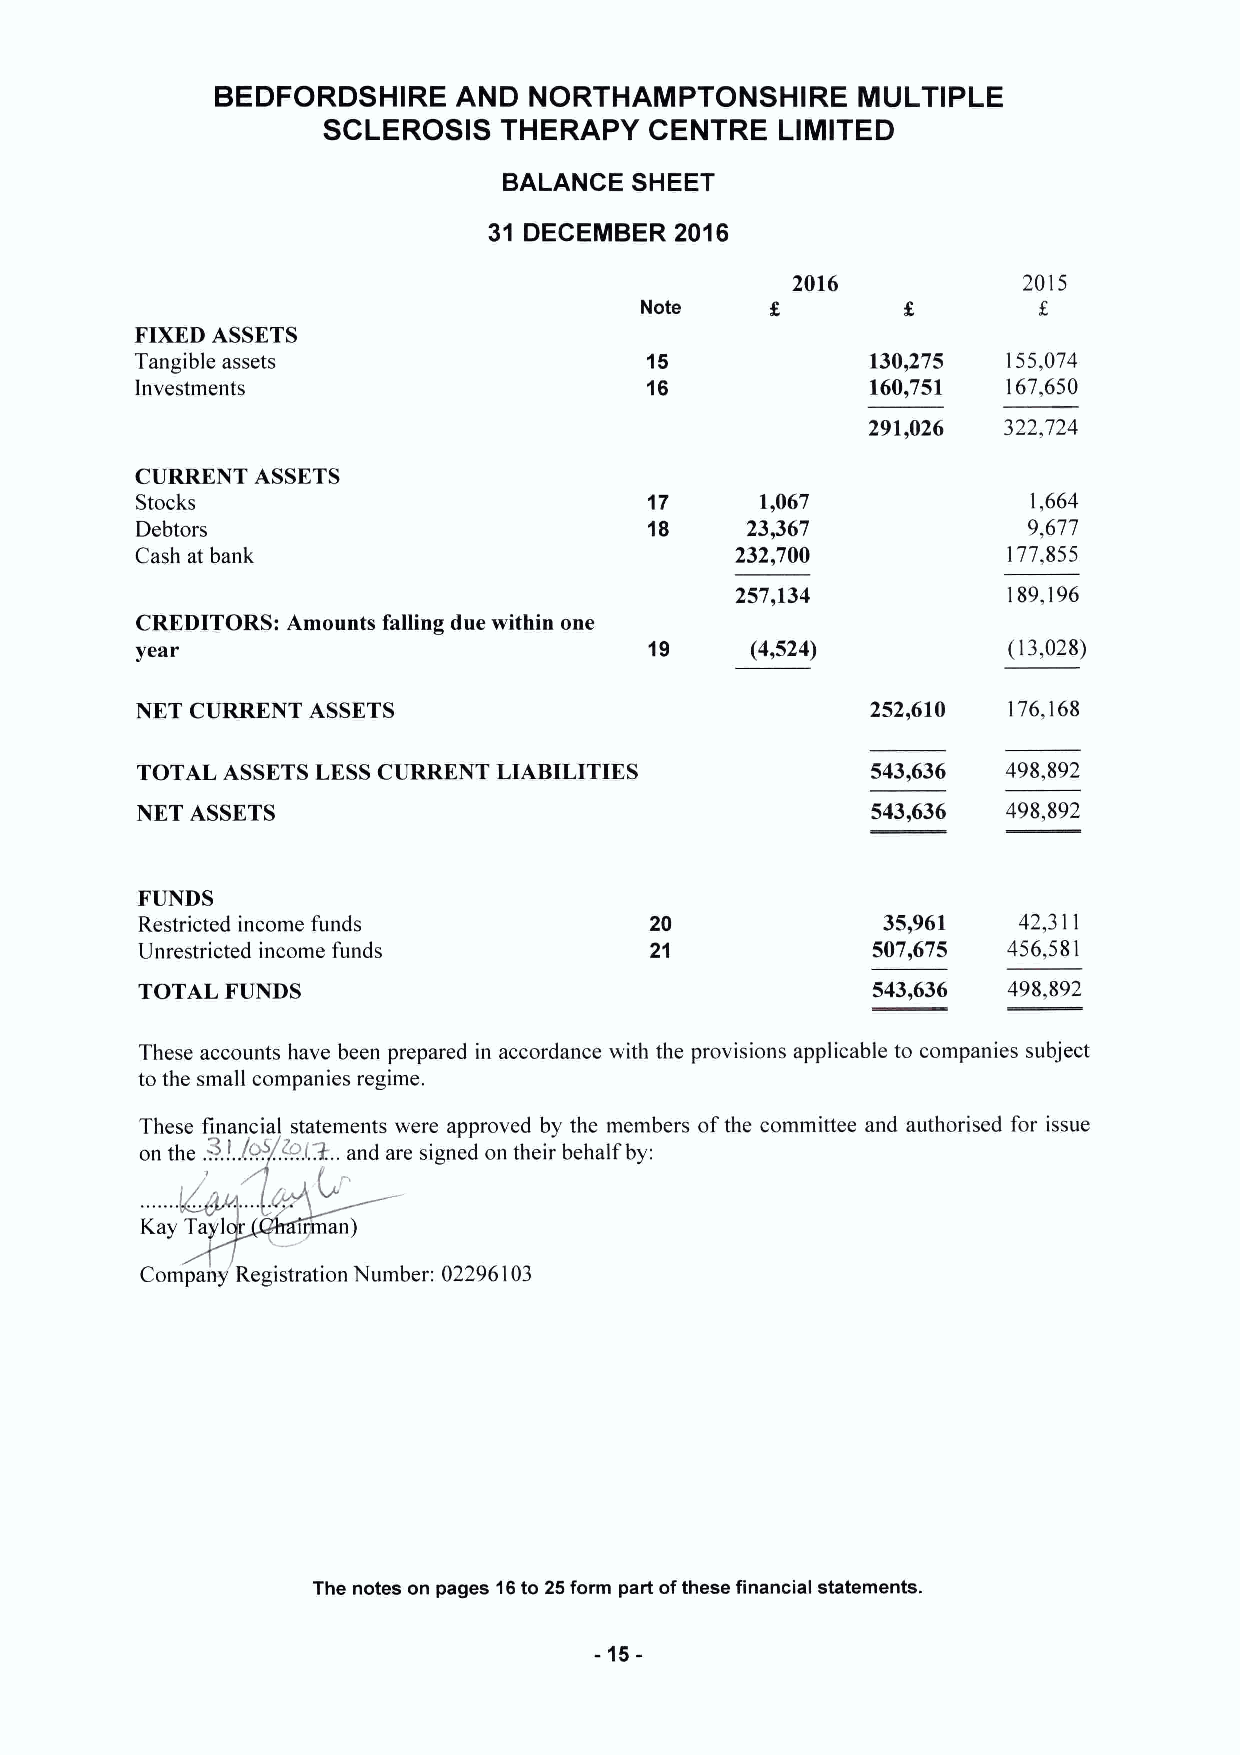
BEDFORDSHIRE    AND  NORTHAMPTONSHIRE      MULTIPLE
 SCLEROSIS   THERAPY   CENTRE   LIMITED
 BALANCE  SHEET
 31 DECEMBER  2016
 2016            2015
 Note
 FIXEDASSETS
 Tangible assets                   15             130,275  155,074
 Investments                       16             160,751  167,650
 291,026 322,724
 CURRENT ASSETS
 Stocks                            17     1,067             1,664
 Debtors                           18    23,367             9,677
 Cash at bank                            232,700           177,855
 257,134           189,196
 CREDITORS: Amounts falling due within one
 year                              19     (4,524)          (13,028)
 NET CURRENT ASSETS                               252,610  176,168
 TOTAL ASSETSLESSCURRENT LIABILITIES              543,636  498,892
 NET ASSETS                                       543,636  498,892
 FUNDS
 Restricted income funds           20             35,961   42,311
 Unrestricted income funds         21             507,675  456,581
 TOTAL FUNDS                                      543 636  498 892
 These accounts have been prepared in accordance with the provisions applicable to companies subject
 to the small companies regime.
 These financial statements were approved by the members ofthe committee and authorised for issue
 on the .~.!. ./R~..A?l.2. .and are signed on their behalf by:
 Kay Ta 1   i an)
 Company Registration Number: 02296103
 The notes on pages 16to 25form part ofthese financial statements.
 -15-